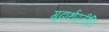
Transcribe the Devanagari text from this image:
गूढार्थप्रतीति